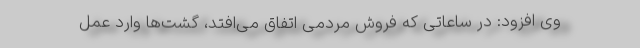
وی افزود: در ساعاتی که فروش مردمی اتفاق می‌افتد، گشت‌ها وارد عمل